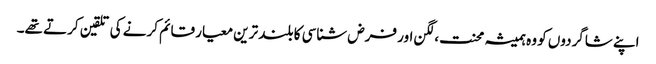
اپنے شاگردوں کو وہ ہمیشہ محنت،لگن اور فرض شناسی کا بلند ترین معیار قائم کرنے کی تلقین کرتے تھے۔